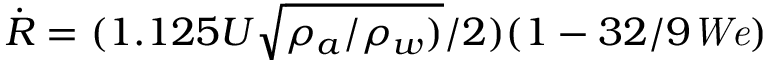
\dot { R } = ( 1 . 1 2 5 U \sqrt { \rho _ { a } / \rho _ { w } ) } / 2 ) ( 1 - 3 2 / 9 { \it W e } )